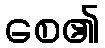
စေ၏